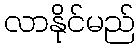
လာနိုင်မည်